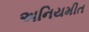
અનિયમીત